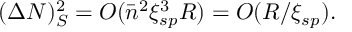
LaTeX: ( \Delta N ) _ { S } ^ { 2 } = O ( { \bar { n } } ^ { 2 } \xi _ { s p } ^ { 3 } R ) = O ( R / \xi _ { s p } ) .